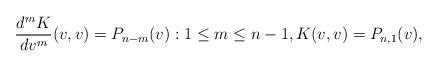
LaTeX: \begin{align*} \frac{d^mK}{dv^m}(v,v)=P_{n-m}(v):1\leq m\leq n-1,K(v,v)=P_{n,1}(v),\end{align*}